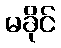
မခိုင်